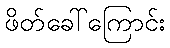
ဖိတ်ခေါ်ကြောင်း